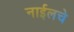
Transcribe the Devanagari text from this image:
नाईलचे